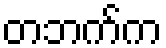
တဘက်က